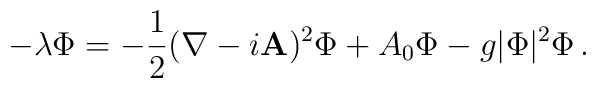
-\lambda \Phi = -{\frac {1} {2}}(\nabla - i{\bf A})^{2}\Phi + A_{0}\Phi - g|\Phi|^{2}\Phi \, .